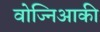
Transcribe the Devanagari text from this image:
वोज्निआकी